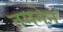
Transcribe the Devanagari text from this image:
तमनेन